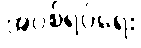
အပစ်ရပ်ရေး